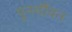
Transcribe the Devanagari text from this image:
पुनर्यौवन